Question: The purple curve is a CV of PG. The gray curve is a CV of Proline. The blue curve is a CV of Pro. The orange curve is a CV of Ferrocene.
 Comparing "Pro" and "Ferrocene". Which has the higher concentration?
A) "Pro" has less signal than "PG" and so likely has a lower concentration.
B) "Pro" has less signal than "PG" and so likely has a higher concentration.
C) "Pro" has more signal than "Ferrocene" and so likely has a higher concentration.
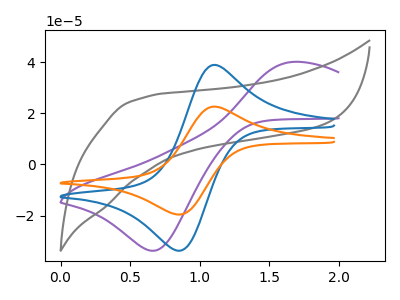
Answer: <think>The purple curve "PG" has an anodic peak at (1.65V, 40.05uA) and a cathodic peak at (0.65V, -33.75uA). The gray curve "Proline" has no peaks. The blue curve "Pro" has an anodic peak at (1.10V, 38.85uA) and a cathodic peak at (0.85V, -33.75uA). The orange curve "Ferrocene" has an anodic peak at (1.10V, 22.55uA) and a cathodic peak at (0.85V, -19.60uA).
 All the peaks in "Pro" have a peak in "Ferrocene" at the same potential. Every peak in "Pro" is higher than every peak in "Ferrocene".</think>
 <answer>C) "Pro" has more signal than "Ferrocene" and so likely has a higher concentration.</answer>
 <eval>C</eval>